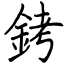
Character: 銬